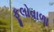
ફૂલોવાળા